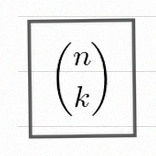
\binom{n}{k}